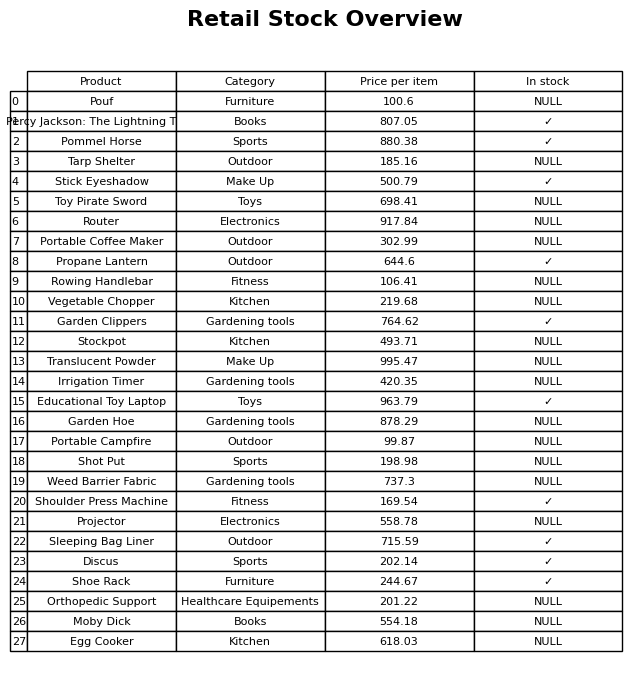
question: What is the price for Projector?
answer: The price of Projector is 558.78.